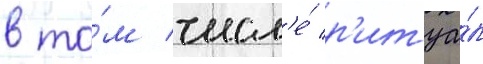
в то́м числ'е́ р'итуа́л